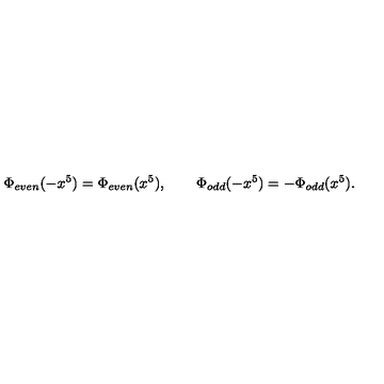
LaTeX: \Phi _ { e v e n } ( - x ^ { 5 } ) = \Phi _ { e v e n } ( x ^ { 5 } ) , \qquad \Phi _ { o d d } ( - x ^ { 5 } ) = - \Phi _ { o d d } ( x ^ { 5 } ) .